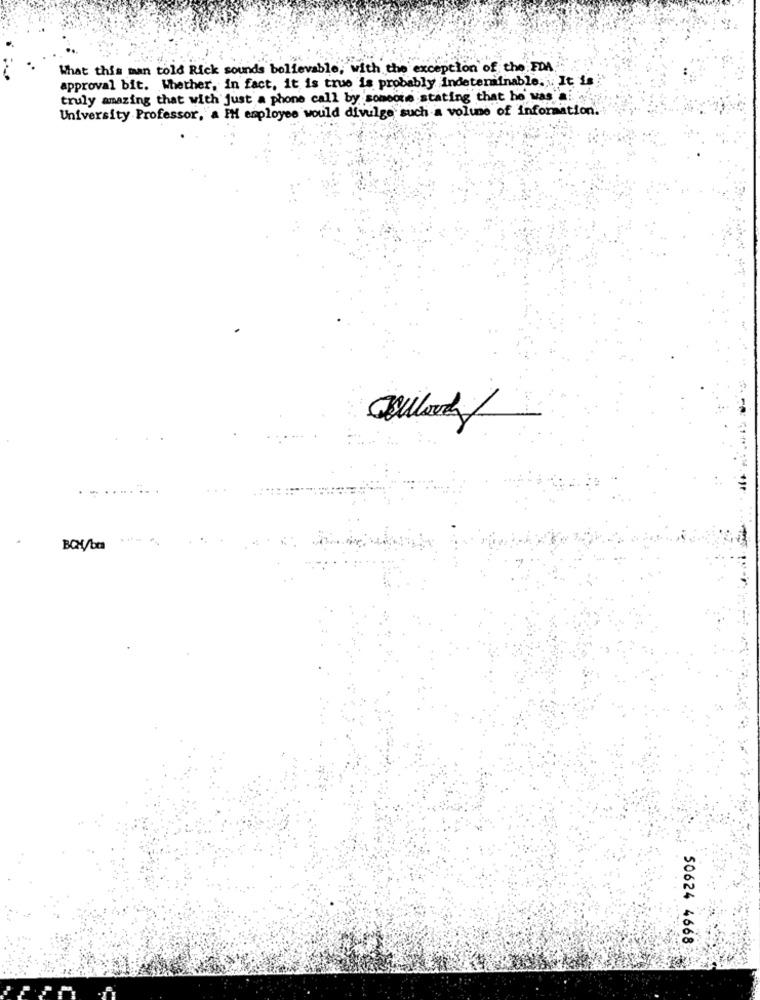
What this man told Rick sounds believable, with the exception of the FDA
approval bit. Whether, in fact, it is true is probably indeteniinable. It is
truly amazing that with just a phone call by someone stating that he was a.
University Professor, a IM employee would divulge such a volume of information
BCH/bm
50624 4668